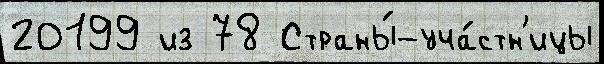
20199 из 78 Страны́-уча́стн'ицы